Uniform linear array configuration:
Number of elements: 4
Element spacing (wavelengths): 0.25
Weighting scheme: cosine
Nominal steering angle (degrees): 15
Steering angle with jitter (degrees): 15.698
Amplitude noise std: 0.05
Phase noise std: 0.05

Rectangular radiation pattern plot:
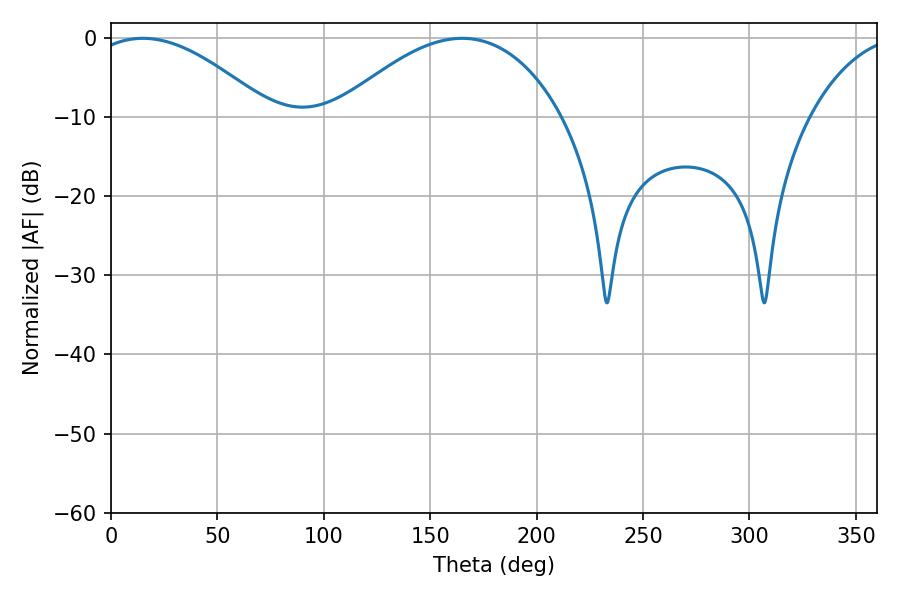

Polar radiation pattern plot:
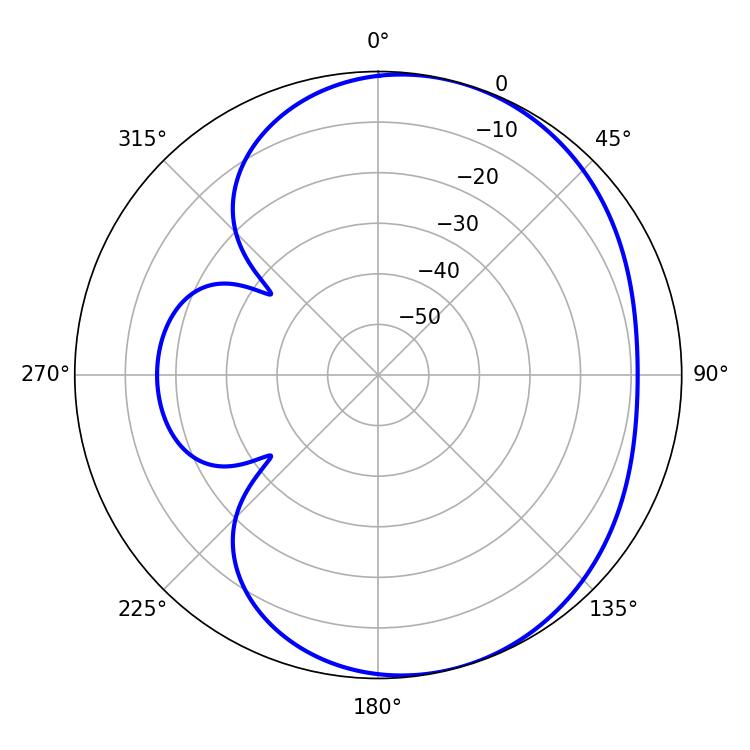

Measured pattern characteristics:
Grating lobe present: FALSE
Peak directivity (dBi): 4.577
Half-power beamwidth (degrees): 46.8
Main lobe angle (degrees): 14.94